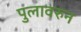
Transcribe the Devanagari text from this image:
पुलावरुन